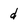
Character: d